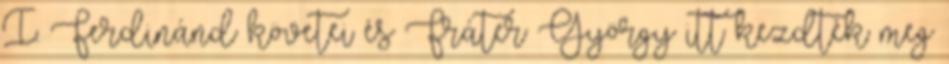
I. Ferdinánd követei és Fráter György itt kezdték meg